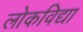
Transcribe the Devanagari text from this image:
लोकविद्या